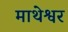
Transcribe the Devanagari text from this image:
माथेश्वर